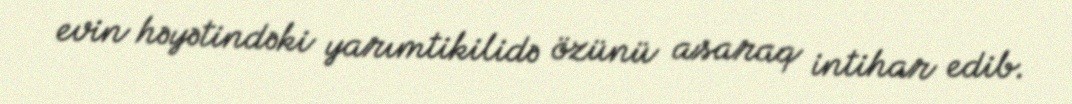
evin həyətindəki yarımtikilidə özünü asaraq intihar edib.